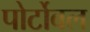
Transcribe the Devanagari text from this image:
पोर्टोबल